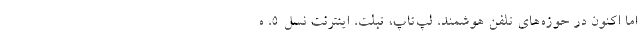
اما اکنون در حوزه‌های تلفن هوشمند، لپ‌تاپ، تبلت، اینترنت نسل ۵، ه